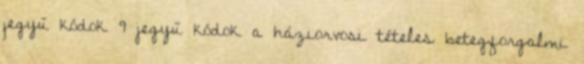
jegyű kódok 9 jegyű kódok a háziorvosi tételes betegforgalmi